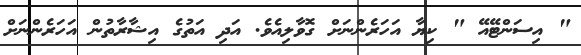
" އިސަންޓޭއޭ " ކިޔާ އަހަރެންނަށް ގޮވާލިއެވެ. އަދި އަތުގެ އިޝާރާތުން އަހަރެންނަށް